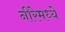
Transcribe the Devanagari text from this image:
नीरेमध्ये